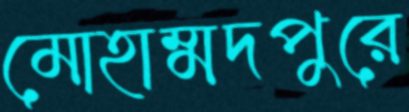
মোহাম্মদপুরে